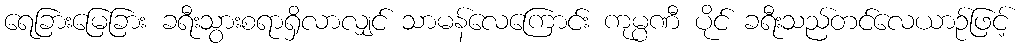
ရေခြားမြေခြား ခရီးသွားစရာရှိလာလျှင် သာမန်လေကြောင်း ကုမ္ပဏီ ပိုင် ခရီးသည်တင်လေယာဉ်ဖြင့်